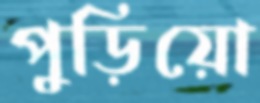
পুড়িয়ো